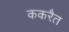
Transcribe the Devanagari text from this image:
ककरैत